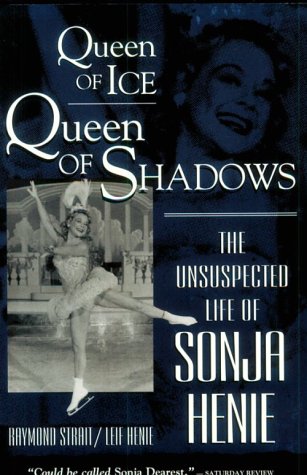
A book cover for Queen of Ice, Queen of Shadows: The Unsuspected Life of Sonja Henie; Raymond Strait; Sports & Outdoors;